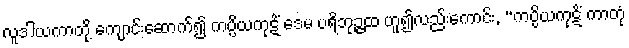
လူဒါယကာတို့ ကျောင်းဆောက်၍ ကပ္ပိယကုဋိံ ဒေမ ပရိဘုဉ္ဇထ ဟူ၍လည်းကောင်း, “ကပ္ပိယကုဋိံ ကာတုံ